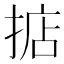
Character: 掂